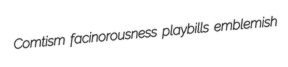
Comtism facinorousness playbills emblemish